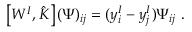
\left[ W ^ { I } , \hat { K } \right] ( \Psi ) _ { i j } = ( y _ { i } ^ { I } - y _ { j } ^ { I } ) \Psi _ { i j } \ .